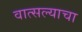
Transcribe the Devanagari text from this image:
वात्सल्याचा